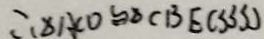
\therefore \Delta A C O \cong \Delta C B E ( S S S )